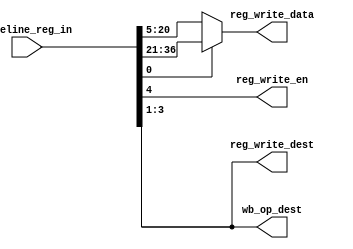
module WB_stage(input [36:0] pipeline_reg_in,
					output reg_write_en,
					output [2:0] reg_write_dest,
					output [15:0] reg_write_data,
					output [2:0] wb_op_dest

					);
					assign reg_write_data=(pipeline_reg_in[0]==1'b1)?pipeline_reg_in[36:21]:pipeline_reg_in[20:5];
					assign reg_write_en=pipeline_reg_in[4];
					assign reg_write_dest=pipeline_reg_in[3:1];
					assign wb_op_dest=pipeline_reg_in[3:1];
endmodule